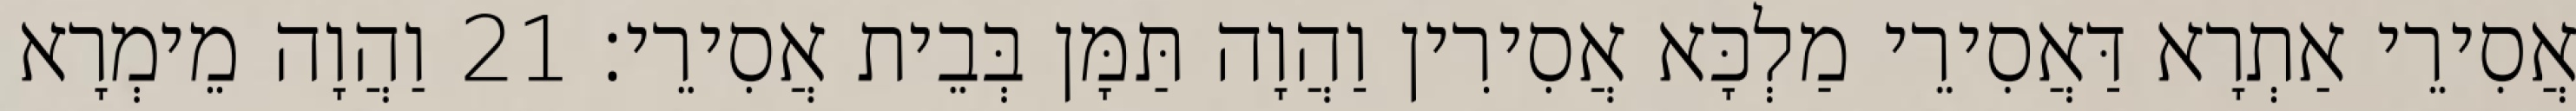
אֲסִירֵי אַתְרָא דַּאֲסִירֵי מַלְכָּא אֲסִירִין וַהֲוָה תַּמָּן בְּבֵית אֲסִירֵי׃ 21 וַהֲוָה מֵימְרָא